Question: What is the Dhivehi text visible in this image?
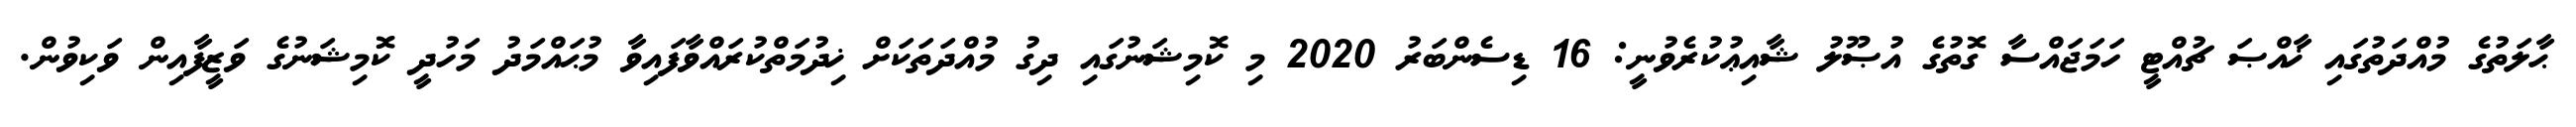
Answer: ޙާލަތުގެ މުއްދަތުގައި ޚާއްޞަ ޗުއްޓީ ހަމަޖައްސާ ގޮތުގެ އުޞޫލު ޝާއިޢުކުރެވުނީ: 16 ޑިސެންބަރު 2020 މި ކޮމިޝަނުގައި ދިގު މުއްދަތަކަށް ޚިދުމަތްކުރައްވާފައިވާ މުޙައްމަދު މަހުދީ ކޮމިޝަނުގެ ވަޒީފާއިން ވަކިވުން.